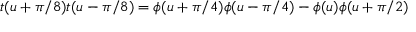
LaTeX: t ( u + \pi / 8 ) t ( u - \pi / 8 ) = \phi ( u + \pi / 4 ) \phi ( u - \pi / 4 ) - \phi ( u ) \phi ( u + \pi / 2 )